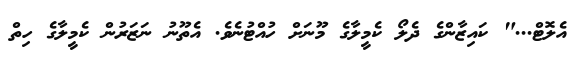
އެލޮޓް..." ކައިޒާންގެ ދެލޯ ކެމީލާގެ މޫނަށް ހުއްޓުނެވެ. އެތޫނު ނަޒަރުން ކެމީލާގެ ހިތް